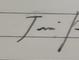
Signature authenticity: genuine